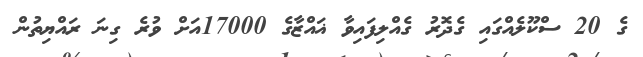
ގެ 20 ސްކޫލެއްގައި ގެދޮރު ގެއްލިފައިވާ ޣައްޒާގެ 17000އަށް ވުރެ ގިނަ ރައްޔިތުން